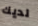
لديك